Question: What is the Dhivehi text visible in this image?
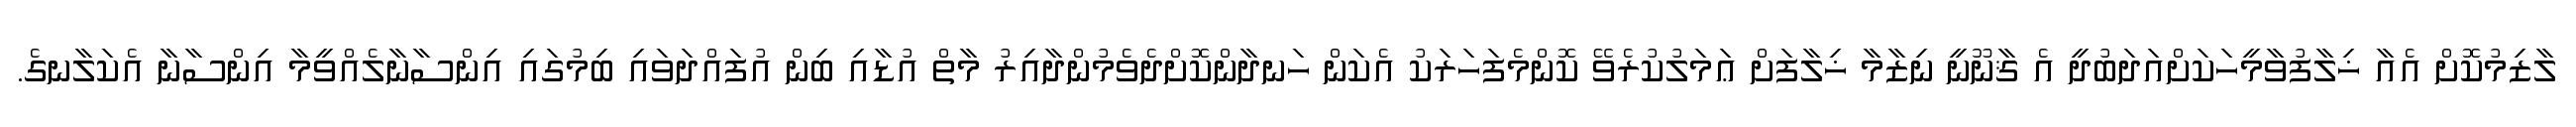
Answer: ލާޒިމުކޮށް އެއާ ޚިލާފުވާމީހަކަށްއަދަބުދީ އެ ޤާނޫނީ ނިޒާމާ ޚިލާފަށް ޢަމަލުކުރެވޭ ކޮންމެފަހަރަކު އެކަން ހަނދާންކޮށްދެވެމުންދާއިރު މާތް އުޑާއި ބިން އުފައްދަވައި ބިމުގައި އިންސާނާލެއްވީމާ އިންސާނާ އެކަލާނގެ.